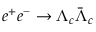
e ^ { + } e ^ { - } \to \Lambda _ { c } \bar { \Lambda } _ { c }